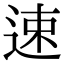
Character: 速